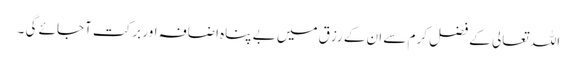
اللہ تعالی کے فضل کرم سے ان کے رزق میں بے پناہ اضافہ اور برکت آجائے گی ۔